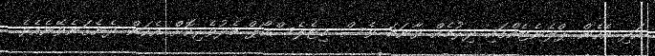
އަދި އެހެން ޕްލެނެޓެއްގައި ދިރުމެއް ވާނަމަ ވެސް މިޓެލެސްކޯޕް މެދުވެރިކޮށް އެކަން ދެނެގަނެވޭނެއެވެ.